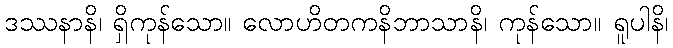
ဒဿနာနိ၊ ရှိကုန်သော။ လောဟိတကနိဘာသာနိ၊ ကုန်သော။ ရူပါနိ၊